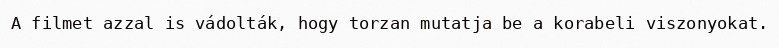
A filmet azzal is vádolták, hogy torzan mutatja be a korabeli viszonyokat.